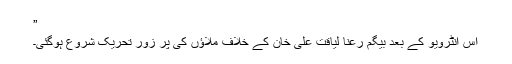
”
اس انٹرویو کے بعد بیگم رعنا لیاقت علی خان کے خلاف ملاؤں کی پر زور تحریک شروع ہوگئی۔